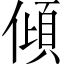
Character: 傾